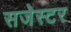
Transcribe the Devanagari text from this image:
सजेस्टर